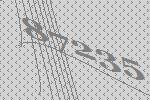
87235